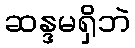
ဆန္ဒမရှိဘဲ